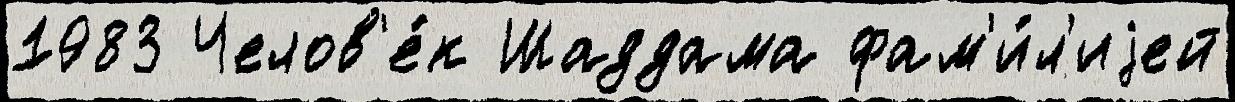
1983 Челов'е́к Шаддама фам'и́л'иjей